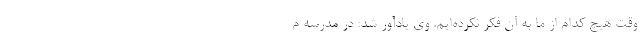
وقت هیچ کدام از ما به آن فکر نکرده‌‌ایم. وی یادآور شد: در مدرسه م